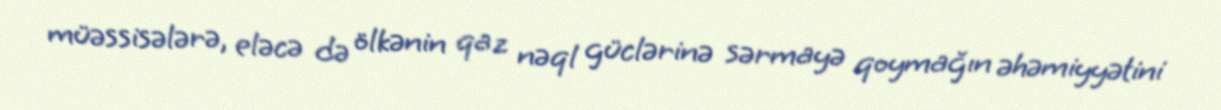
müəssisələrə, eləcə də ölkənin qaz nəql güclərinə sərmayə qoymağın əhəmiyyətini